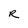
Character: R